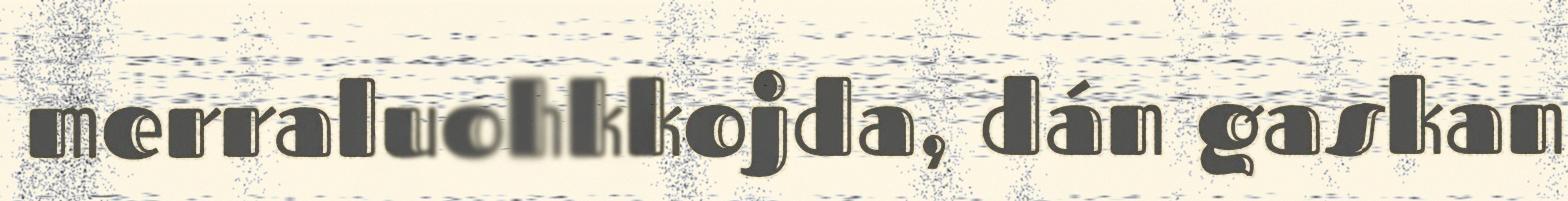
merraluohkkojda, dán gaskan